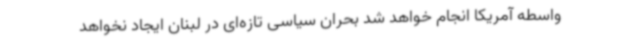
واسطه آمریکا انجام خواهد شد بحران سیاسی تازه‌ای در لبنان ایجاد نخواهد